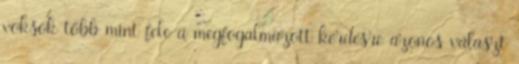
voksok több mint fele a megfogalmazott kérdésre azonos választ